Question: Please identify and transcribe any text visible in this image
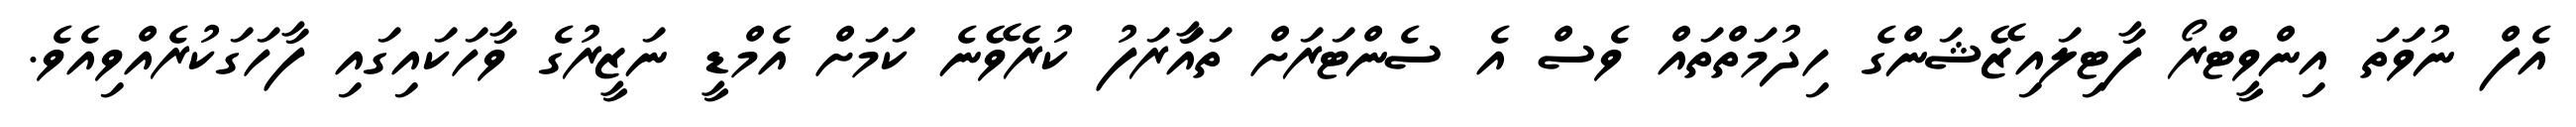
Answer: އެފް ނުވަތަ އިންވީޓްރޯ ފާޓިލައިޒޭޝަންގެ ހިދުމަތްތައް ވެސް އެ ސެންޓަރަށް ތައަާރަފު ކުރެވޭނެ ކަމަށް އެމްޑީ ނަޒީރުގެ ވާހަކައިގައި ފާހަގަކުރެއްވިއެވެ.